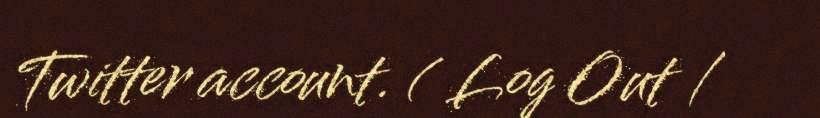
Twitter account. ( Log Out /